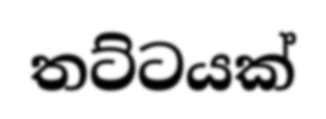
තට්ටයක්